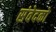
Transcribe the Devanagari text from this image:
संवेदको